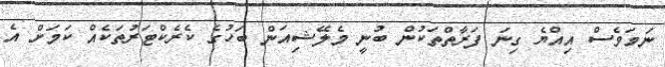
ނަމަވެސް އިއްޔެ ގިނަ ފަރާތްތަކުން ބުނީ މެލޭޝިއަން ބަހުގެ ކެރެކްޓަރުތަކެއް ކަމަށް އެ